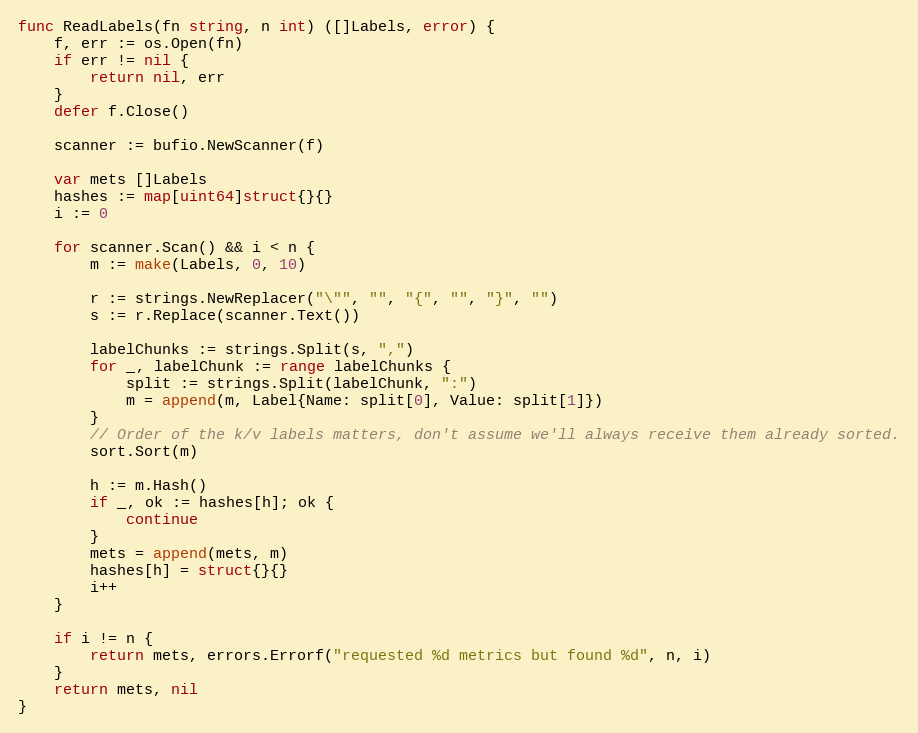
Language: Go
func ReadLabels(fn string, n int) ([]Labels, error) {
	f, err := os.Open(fn)
	if err != nil {
		return nil, err
	}
	defer f.Close()

	scanner := bufio.NewScanner(f)

	var mets []Labels
	hashes := map[uint64]struct{}{}
	i := 0

	for scanner.Scan() && i < n {
		m := make(Labels, 0, 10)

		r := strings.NewReplacer("\"", "", "{", "", "}", "")
		s := r.Replace(scanner.Text())

		labelChunks := strings.Split(s, ",")
		for _, labelChunk := range labelChunks {
			split := strings.Split(labelChunk, ":")
			m = append(m, Label{Name: split[0], Value: split[1]})
		}
		// Order of the k/v labels matters, don't assume we'll always receive them already sorted.
		sort.Sort(m)

		h := m.Hash()
		if _, ok := hashes[h]; ok {
			continue
		}
		mets = append(mets, m)
		hashes[h] = struct{}{}
		i++
	}

	if i != n {
		return mets, errors.Errorf("requested %d metrics but found %d", n, i)
	}
	return mets, nil
}